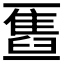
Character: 𫡹